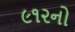
૯૧૨નો